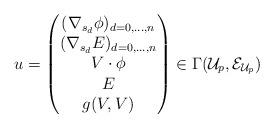
LaTeX: \begin{align*} u= \begin{pmatrix} (\nabla_{s_d} \phi)_{d=0,...,n} \\ (\nabla_{s_d}E)_{d=0,...,n} \\ V \cdot \phi \\ E \\ g(V,V) \end{pmatrix} \in \Gamma(\mathcal{U}_p, {\mathcal{E}}_{\mathcal{U}_p})\end{align*}